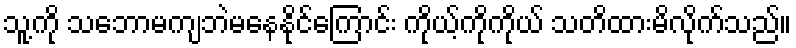
သူ့ကို သဘောမကျဘဲမနေနိုင်ကြောင်း ကိုယ့်ကိုကိုယ် သတိထားမိလိုက်သည်။